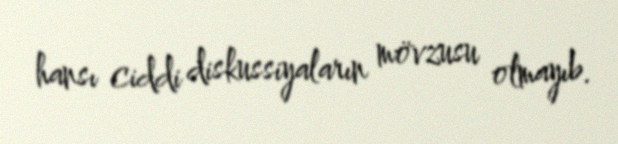
hansı ciddi diskussiyaların mövzusu olmayıb.